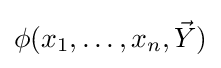
\phi (x_{1},\dots ,x_{n},{\vec {Y}})